Scottish Certificate of Education, 1962
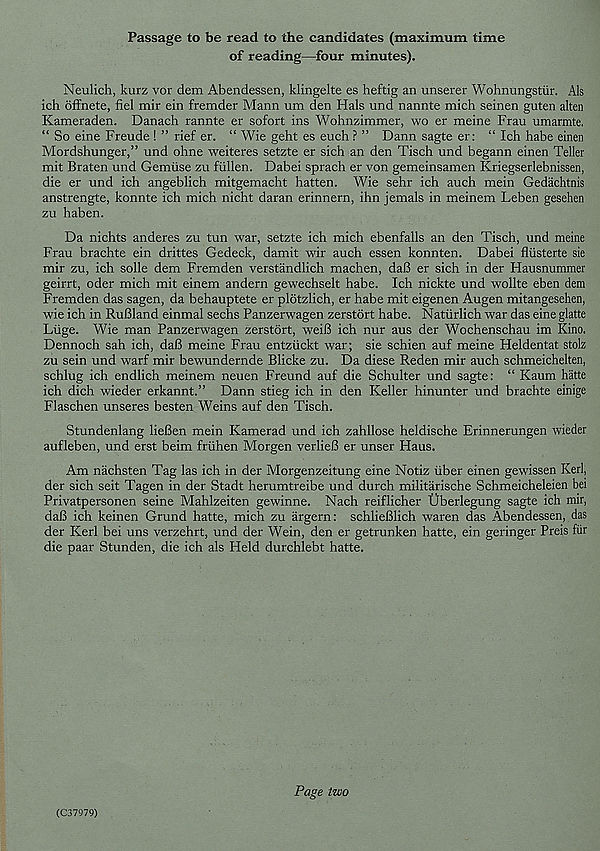
Passage to be read to the candidates (maximum time
of reading—four minutes).
Neulich, kurz vor dem Abendessen, klingelte es heftig an unserer Wohnungstiir. Als
ich offnete, fiel mir ein fremder Mann um den Hals und nannte mich seinen guten alten
Kameraden. Danach rannte er sofort ins Wohnzimmer, wo er meine Frau umarmte.
“ So eine Freude! ” rief er. “ Wie geht es euch ? ” Dann sagte er: “ Ich habe einen
Mordshunger,” und ohne weiteres setzte er sich an den Tisch und begann einen Teller
mit Braten und Gemiise zu fiillen. Dabei sprach er von gemeinsamen Kriegserlebnissen,
die er und ich angeblich mitgemacht hatten. Wie sehr ich auch mein Gedachtnis
anstrengte, konnte ich mich nicht daran erinnern, ihn jemals in meinem Leben gesehen
zu haben.
Da nichts anderes zu tun war, setzte ich mich ebenfalls an den Tisch, und meine
Frau brachte ein drittes Gedeck, damit wir auch essen konnten. Dabei fliisterte sie
mir zu, ich solle dem Fremden verstandlich machen, daB er sich in der Hausnummer
geirrt, oder mich mit einem andern gewechselt habe. Ich nickte und wollte eben dem
Fremden das sagen, da behauptete er pldtzlich, er habe mit eigenen Augen mitangesehen,
wie ich in Rufiland einmal sechs Panzerwagen zerstort habe. Natiirlich war das eine glatte
Luge. Wie man Panzerwagen zerstort, weiB ich nur aus der Wochenschau im Kino.
Dennoch sah ich, daB meine Frau entziickt war; sie schien auf meine Heldentat stolz
zu sein und warf mir bewundernde Blicke zu. Da diese Reden mir auch schmeichelten,
schlug ich endlich meinem neuen Freund auf die Schulter und sagte: “ Kaum hatte
ich dich wieder erkannt.” Dann stieg ich in den Keller hinunter und brachte einige
Flaschen unseres besten Weins auf den Tisch.
Stundenlang lieBen mein Kamerad und ich zahllose heldische Erinnerungen wieder
aufleben, und erst beim friihen Morgen verlieB er unser Haus.
Am nachsten Tag las ich in der Morgenzeitung eine Notiz iiber einen gewissen Kerl,
der sich seit Tagen in der Stadt herumtreibe und durch militarische Schmeicheleien bei
Privatpersonen seine Mahlzeiten gewinne. Nach reiflicher Uberlegung sagte ich mir,
daB ich keinen Grund hatte, mich zu argern: schlieBlich waren das Abendessen, das
der Kerl bei uns verzehrt, und der Wein, den er getrunken hatte, ein geringer Preis fiir
die paar Stunden, die ich als Held durchlebt hatte.
(C37979)
Page two